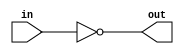
module top_module( input in, output out );
	assign out = ~in;
    // another way
    // not(out,in);
endmodule